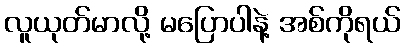
လူယုတ်မာလို့ မပြောပါနဲ့ အစ်ကိုရယ်